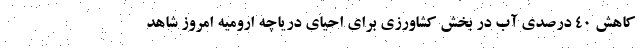
کاهش ۴۰ درصدی آب در بخش کشاورزی برای احیای دریاچه ارومیه امروز شاهد